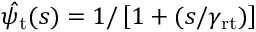
\hat { \psi _ { \mathrm { t } } } ( s ) = 1 / \left[ 1 + ( s / \gamma _ { \mathrm { r t } } ) \right]